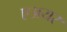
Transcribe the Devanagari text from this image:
एअयर